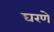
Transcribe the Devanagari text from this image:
घरणे